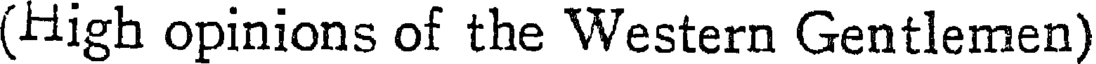
(High opinions of the Western Gentlemen)